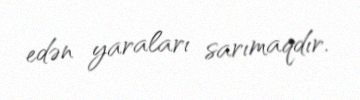
edən yaraları sarımaqdır.